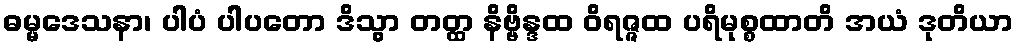
ဓမ္မဒေသနာ၊ ပါပံ ပါပတော ဒိသွာ တတ္ထ နိဗ္ဗိန္ဒထ ဝိရဇ္ဇထ ပရိမုစ္စထာတိ အယံ ဒုတိယာ